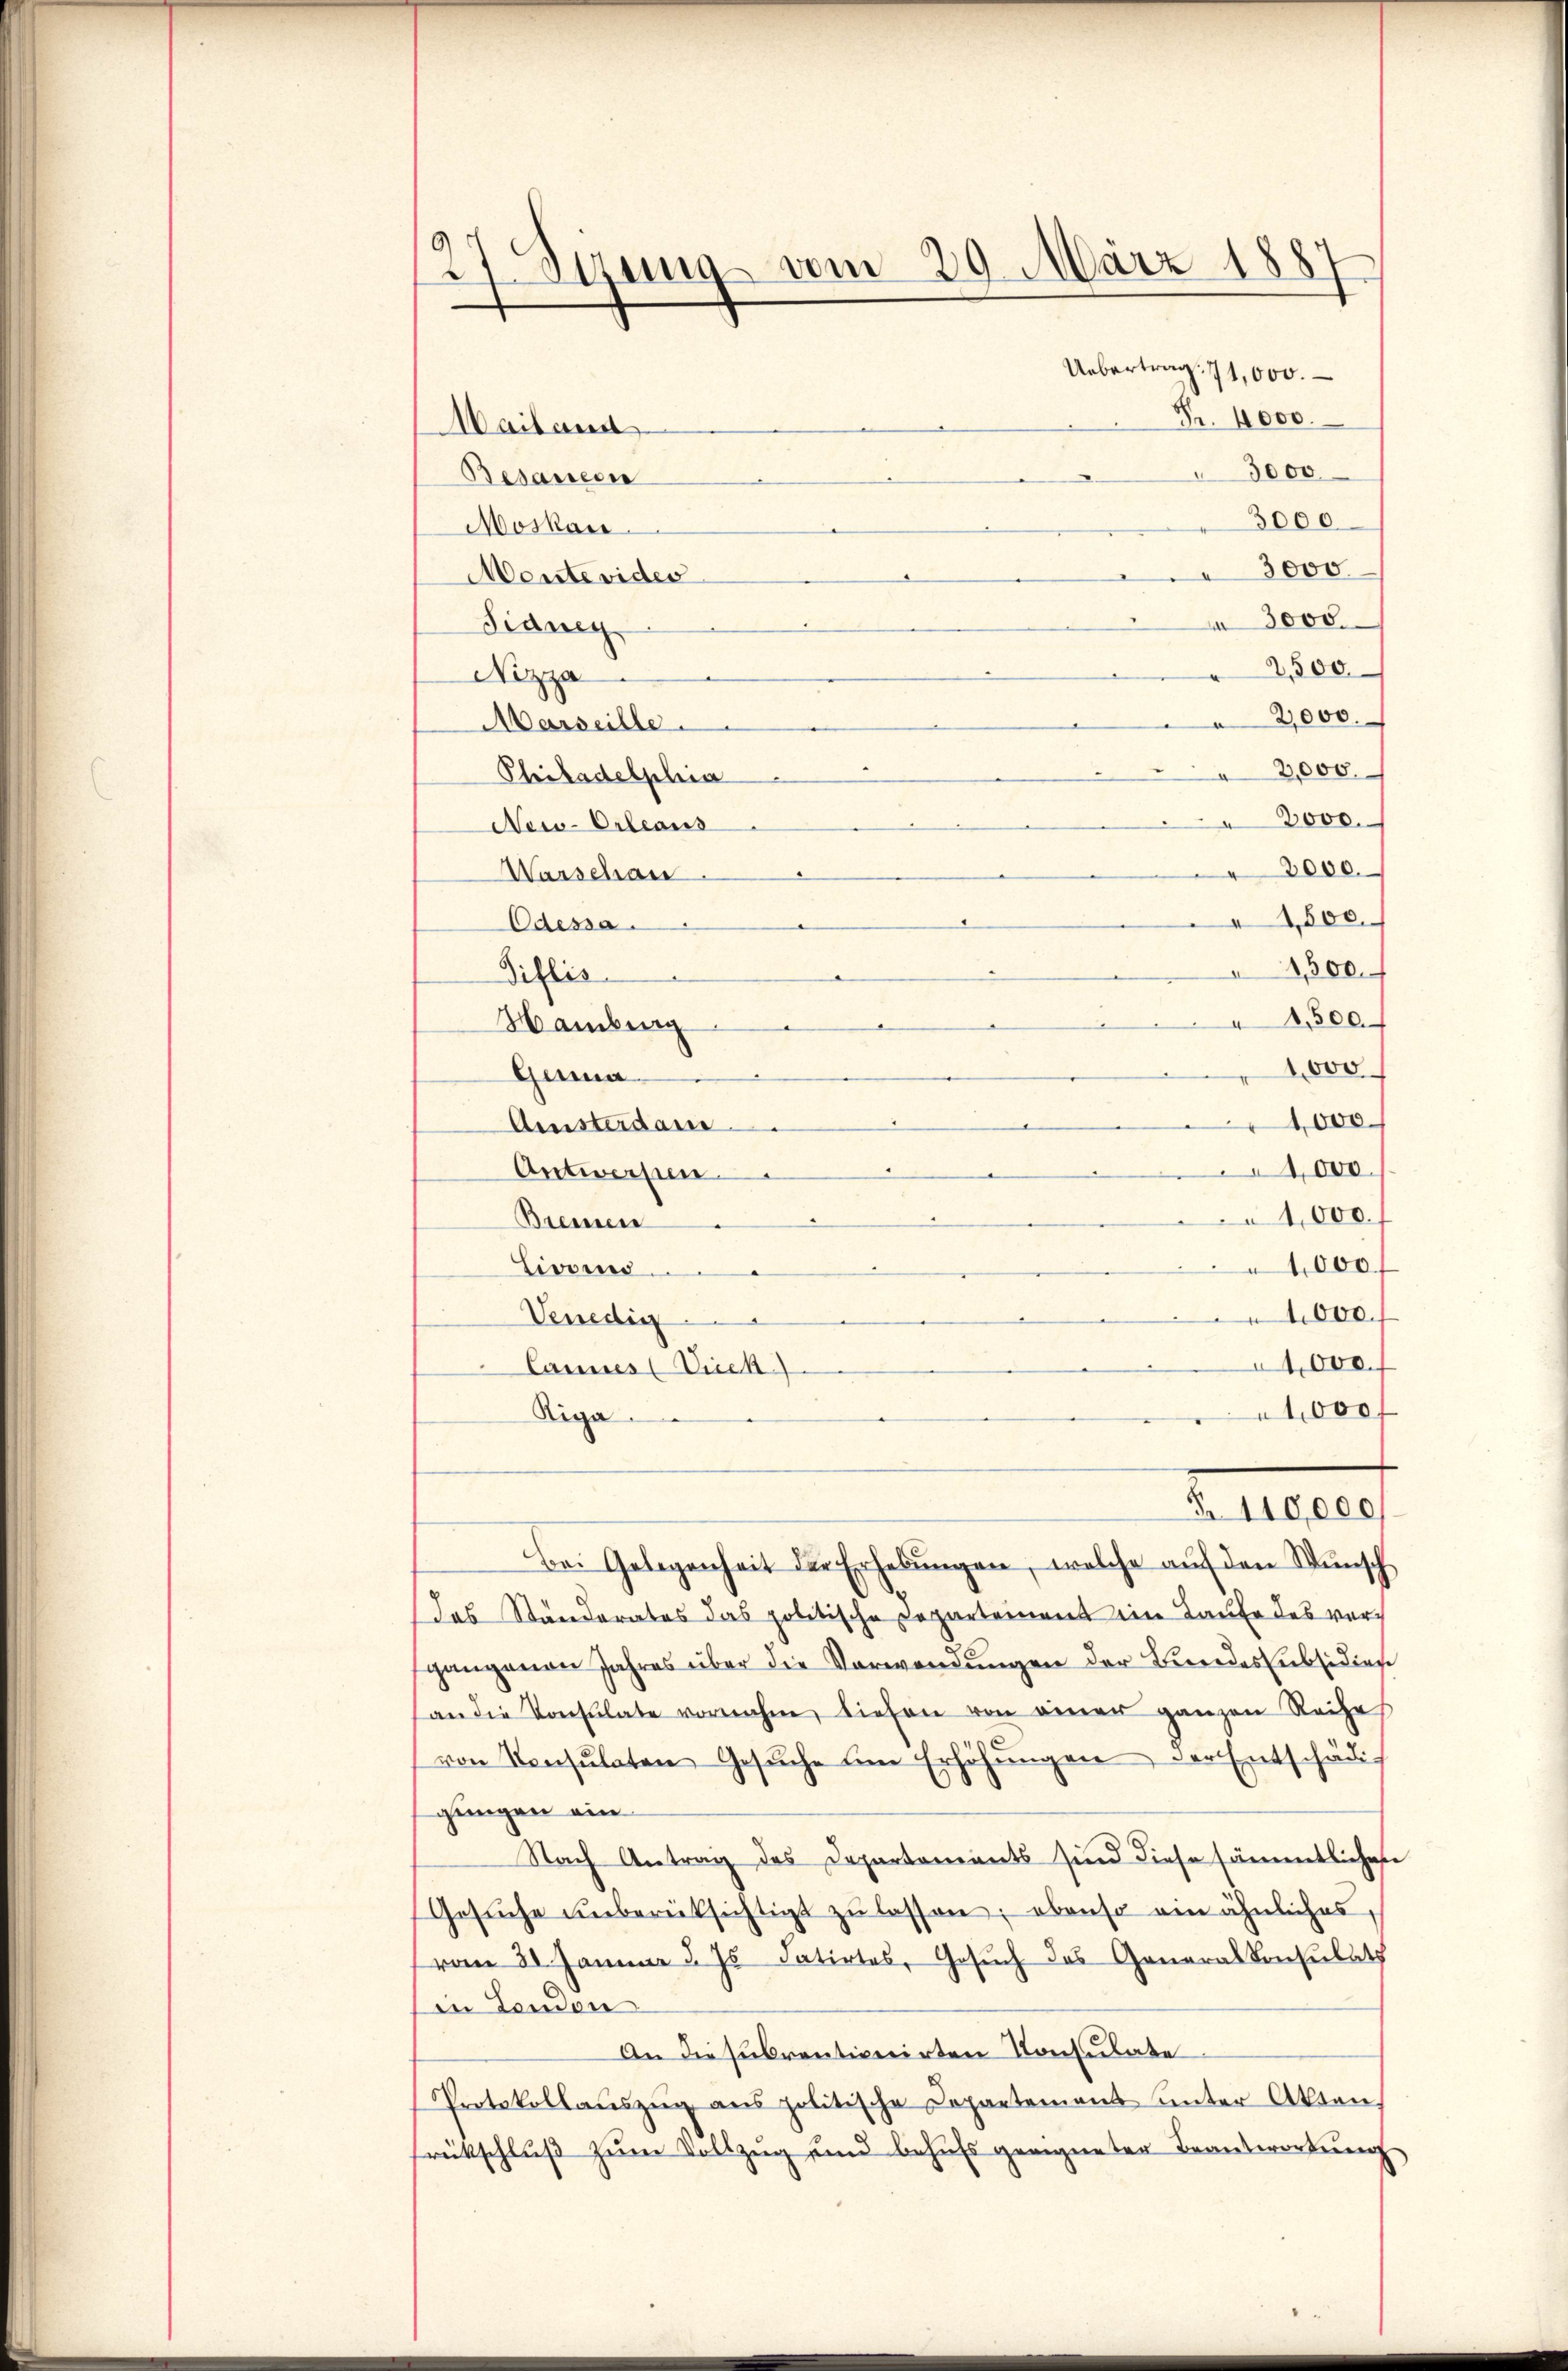
9
27 Sizung vom 20. März 1887
.

Uebertrag. 71,000.
Fr. 4000.
Mailand
3000
Besauern
3000
Moskau
3000.
Meisterides
3000.
dianen
2,500
Nizza
2,000.
Marseille.
2,000
Philadelphia
8000.
New-Orleaus
2000.
Warschan
1,800.
Odessa.
1,500
Diflis
1,500.
Hamburg
4,000
Guma
1,000
Amsterdam
4,000.
Antworfen.
1,000.
Bremen
4,000.
Livors
1,000.
Venedig
1,000.
Cannes (Vieck)
1,000 f
Riga
§. 110,000
Bei Gelegenheit der Erhebŭngen, welche aŭf den Wŭnsch
das Ständerates das politische Departement ein Laufe des versgangenen Jahres über die Verwendŭngen der Bundes subsidien
an die Konsulate vornahm, liefen von einer ganzen Reihe
von Konsulaten Gesŭche am Erhöhŭngen der Entschädi-
gungen ein
Nach Antrag des Departements sind diese sämmtlichen
Gesŭche ŭnberüksichtigt zŭ lassen; ebenso ein ähnliches,
vom 30. Jann u. Js. datirtes, Gesuch das Generalkonsulat
in London.
An die subventionirten Konsulate
Protokollauszug aus politische Departement unter Akten,
rückschluß zum Vollzug und behŭfs geeigneter Beantwortŭng